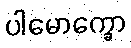
ပါမောက္ခော